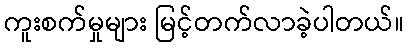
ကူးစက်မှုများ မြင့်တက်လာခဲ့ပါတယ်။